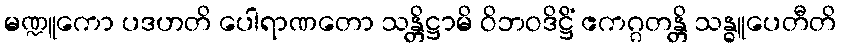
မဏ္ဍူကော ပဒဟတိ ပေါရာဏတော သန္တိဋ္ဌာမိ ဝိဘဝဒိဋ္ဌိံ ဧကဂ္ဂတန္တိ သန္ဓူပေတီတိ